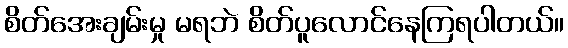
စိတ်အေးချမ်းမှု မရဘဲ စိတ်ပူလောင်နေကြရပါတယ်။